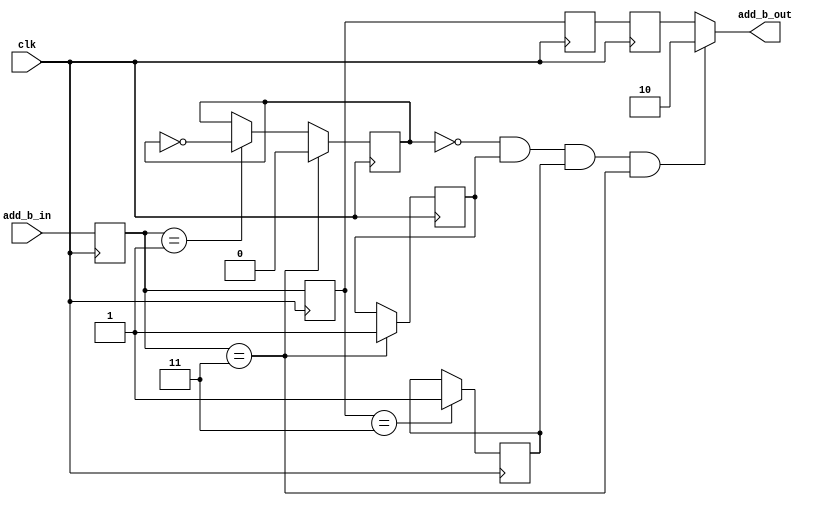
module hdb3_add_b(
  input clk,
  input [1:0]add_b_in,
  output [1:0]add_b_out
);

reg v_occur=0;
reg v_occur_2=0;
reg enen=0;
reg [1:0] d[3:0];
always @(posedge clk) begin
  d[3]<=d[2];
  d[2]<=d[1];
  d[1]<=d[0];
  d[0]<=add_b_in;
end

always @(posedge clk)begin
  if(d[0]==2'b11) begin//if times of V is even 
    enen<=0;
    v_occur<=1;
  end
  else if(d[0]==2'b01) begin
    enen<=~enen;
//    firstv<=1;
  end
  if(d[1]==2'b11) begin
	 v_occur_2<=1;
  end
//    firstv<=1;
end

assign add_b_out=!enen && (v_occur==1) && (v_occur_2==1) &&(d[0]==2'b11) ? 2'b10 : d[3];

endmodule